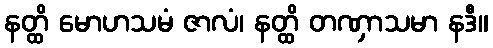
နတ္ထိ မောဟသမံ ဇာလံ၊ နတ္ထိ တဏှာသမာ နဒီ။